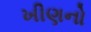
ખીણનો